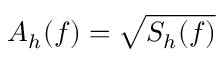
A _ { h } ( f ) = \sqrt { S _ { h } ( f ) }